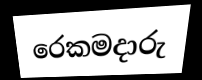
රෙකමදාරු